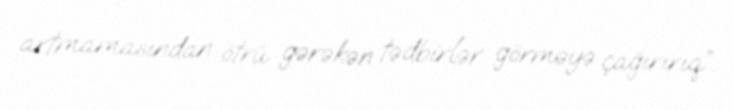
artmamasından ötrü gərəkən tədbirlər görməyə çağırırıq”.